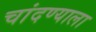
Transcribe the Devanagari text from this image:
चांदण्याला